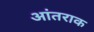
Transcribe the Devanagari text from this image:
आंतराक